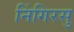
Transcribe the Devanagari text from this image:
निंगिरसु